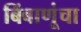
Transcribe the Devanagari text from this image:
बिंबाणूंचा